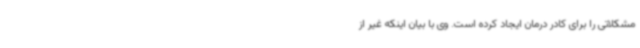
مشکلاتی را برای کادر درمان ایجاد کرده است. وی با بیان اینکه غیر از